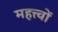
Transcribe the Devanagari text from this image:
महत्त्वों